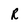
Character: R